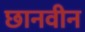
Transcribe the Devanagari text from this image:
छानवीन